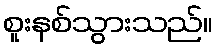
စူးနစ်သွားသည်။